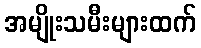
အမျိုးသမီးများထက်